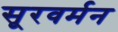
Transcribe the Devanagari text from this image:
सूरवर्मन